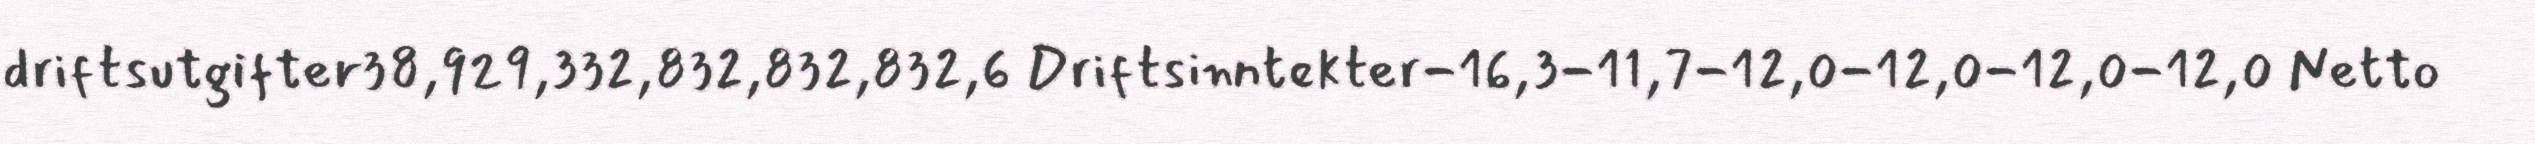
driftsutgifter38,929,332,832,832,832,6 Driftsinntekter-16,3-11,7-12,0-12,0-12,0-12,0 Netto